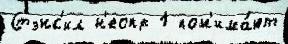
Стэнс'ил н'еопр 1 пон'има́ют